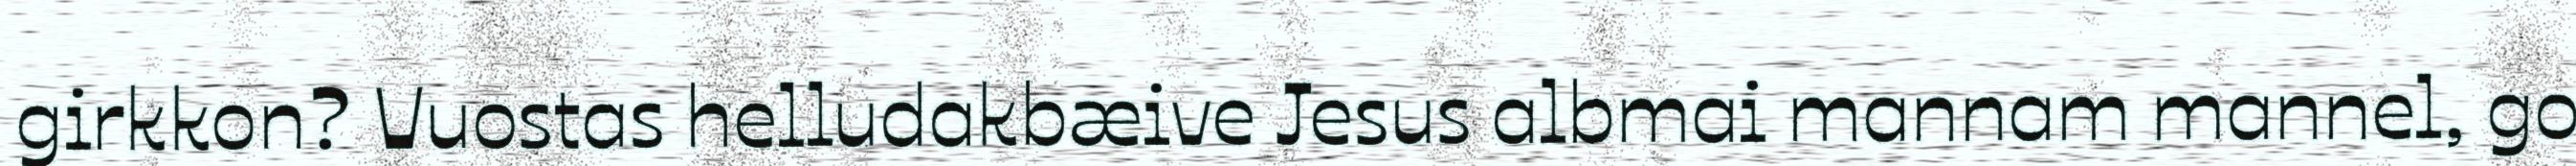
girkkon? Vuostas helludakbæive Jesus albmai mannam mannel, go